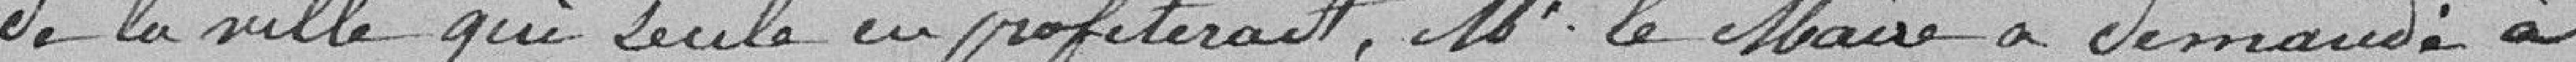
de la ville qui seule en profiterait, M. le Maire a demandé à